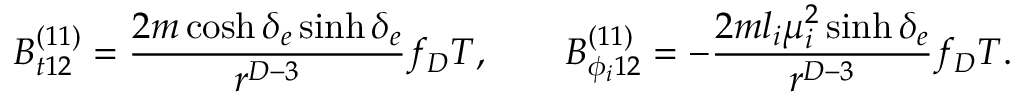
B _ { t 1 2 } ^ { ( 1 1 ) } = { \frac { 2 m \cosh \delta _ { e } \sinh \delta _ { e } } { r ^ { D - 3 } } } f _ { D } T , \ \ \ \ \ \ B _ { \phi _ { i } 1 2 } ^ { ( 1 1 ) } = - { \frac { 2 m l _ { i } \mu _ { i } ^ { 2 } \sinh \delta _ { e } } { r ^ { D - 3 } } } f _ { D } T .